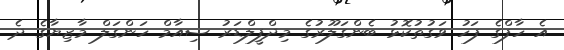
އެ ހާފްގެ ފަހު ވަގުތުކޮޅު ބެންގަލޫރުގެ މިދްފީލްޑަރު ސިއާމް ހަންގަލް މާޒިޔާގެ ދެ